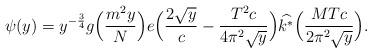
LaTeX: \begin{align*}\psi(y)= y^{-\frac{3}{4}}g\Big(\frac{m^2 y}{N}\Big)e\Big(\frac{2\sqrt{y}}{c} -\frac{T^2c}{4\pi^2\sqrt{y}} \Big) \widehat{k^*} \Big( \frac{MTc}{2\pi^2 \sqrt{y}} \Big).\end{align*}